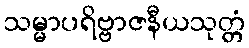
သမ္မာပရိဗ္ဗာဇနီယသုတ္တံ